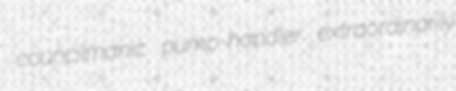
councilmanic pump-handler extraordinarily